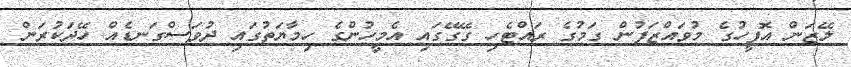
ލޭޒަން އޮފީހުގެ މުވައްޒަފުން ގަމުގެ ރައްޓެހި ގޭގޭގައި އެމީހުންގެ ހިމާޔަތުގައި ދުވަސްގަނޑެއް ހޭދަކުރަން